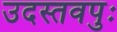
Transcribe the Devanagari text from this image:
उदस्तवपुः